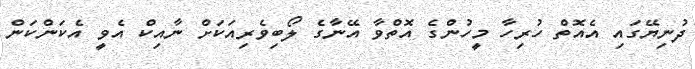
ދުނިޔޭގައި އެއޮތް ހުރިހާ މީހުންގެ އޮތްވާ އޭނާގެ ލޯބިވެރިއަކަށް ނާއިކް އެވީ އެކަންކަން